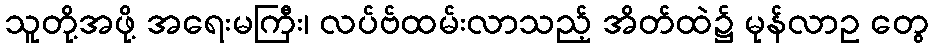
သူတို့အဖို့ အရေးမကြီး၊ လပ်ဗ်ထမ်းလာသည့် အိတ်ထဲ၌ မုန်လာဥ တွေ